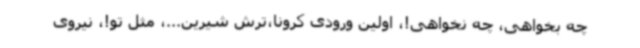
چه بخواهی، چه نخواهی!، اولین ورودی کرونا،ترش شیرین...، مثل تو!، نیروی